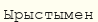
Ырыстымен